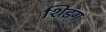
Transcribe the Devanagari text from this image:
शिइंग